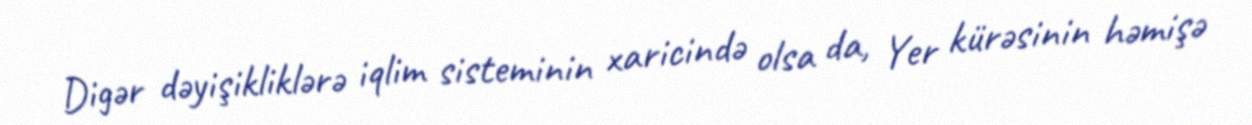
Digər dəyişikliklərə iqlim sisteminin xaricində olsa da, Yer kürəsinin həmişə